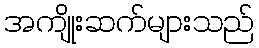
အကျိုးဆက်များသည်